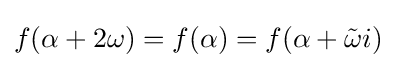
f(\alpha +2\omega )=f(\alpha )=f(\alpha +{\tilde {\omega }}i)